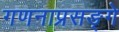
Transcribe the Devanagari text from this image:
गणनाप्रसङ्गे